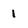
Character: 1